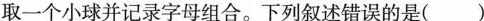
A.甲同学的实验模拟F2产生配子和受精作用B.乙同学的实验模拟基因的自由组合C.乙同学抓取小球的组合类型中DR约占1/4D.抓取的小球分别放回原烧杯后，再重复